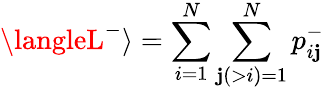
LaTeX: \langleL^{-}\rangle=\sum_{i=1}^{N}\sum_{\mathbf{j}(>i)=1}^{N}p_{i\mathbf{j}}^{-}